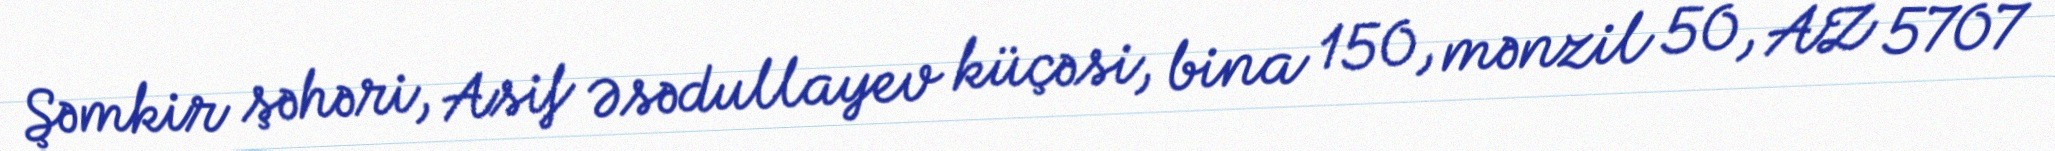
Şəmkir şəhəri, Asif Əsədullayev küçəsi, bina 150, mənzil 50, AZ 5707